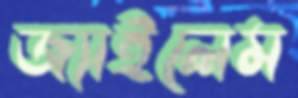
জ্যাইলেম